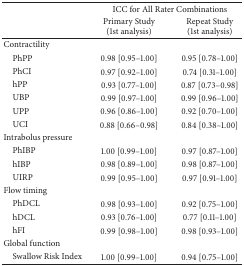
<table><thead><tr><td><b> </b></td><td colspan="2"><b>ICC for All Rater Combinations</b></td></tr><tr><td><b> </b></td><td><b>Primary Study(1st analysis)</b></td><td><b>Repeat Study(1st analysis)</b></td></tr></thead><tbody><tr><td>Contractility</td><td> </td><td> </td></tr><tr><td> PhPP</td><td>0.98 [0.95–1.00]</td><td>0.95 [0.78–1.00] </td></tr><tr><td> PhCI</td><td>0.97 [0.92–1.00]</td><td>0.74 [0.31–1.00] </td></tr><tr><td> hPP</td><td>0.93 [0.77–1.00]</td><td>0.87 [0.73–0.98] </td></tr><tr><td> UBP</td><td>0.99 [0.97–1.00]</td><td>0.99 [0.96–1.00] </td></tr><tr><td> UPP</td><td>0.96 [0.86–1.00]</td><td>0.92 [0.70–1.00] </td></tr><tr><td> UCI</td><td>0.88 [0.66–0.98]</td><td>0.84 [0.38–1.00]</td></tr><tr><td>Intrabolus pressure</td><td> </td><td> </td></tr><tr><td> PhIBP</td><td>1.00 [0.99–1.00]</td><td>0.97 [0.87–1.00] </td></tr><tr><td> hIBP</td><td>0.98 [0.89–1.00]</td><td>0.98 [0.87–1.00] </td></tr><tr><td> UIRP</td><td>0.99 [0.95–1.00]</td><td>0.97 [0.91–1.00]</td></tr><tr><td>Flow timing</td><td> </td><td> </td></tr><tr><td> PhDCL</td><td>0.98 [0.93–1.00]</td><td>0.92 [0.75–1.00] </td></tr><tr><td> hDCL</td><td>0.93 [0.76–1.00] </td><td>0.77 [0.11–1.00] </td></tr><tr><td> hFI</td><td>0.99 [0.98–1.00]</td><td>0.98 [0.93–1.00]</td></tr><tr><td>Global function</td><td> </td><td> </td></tr><tr><td> Swallow Risk Index</td><td>1.00 [0.99–1.00]</td><td>0.94 [0.75–1.00]</td></tr></tbody></table>